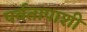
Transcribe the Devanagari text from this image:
पर्वतापाशी